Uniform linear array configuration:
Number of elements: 64
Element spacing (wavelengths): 1
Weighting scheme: cosine
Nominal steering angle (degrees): -45
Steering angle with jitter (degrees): -44.78
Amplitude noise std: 0.05
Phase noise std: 0.05

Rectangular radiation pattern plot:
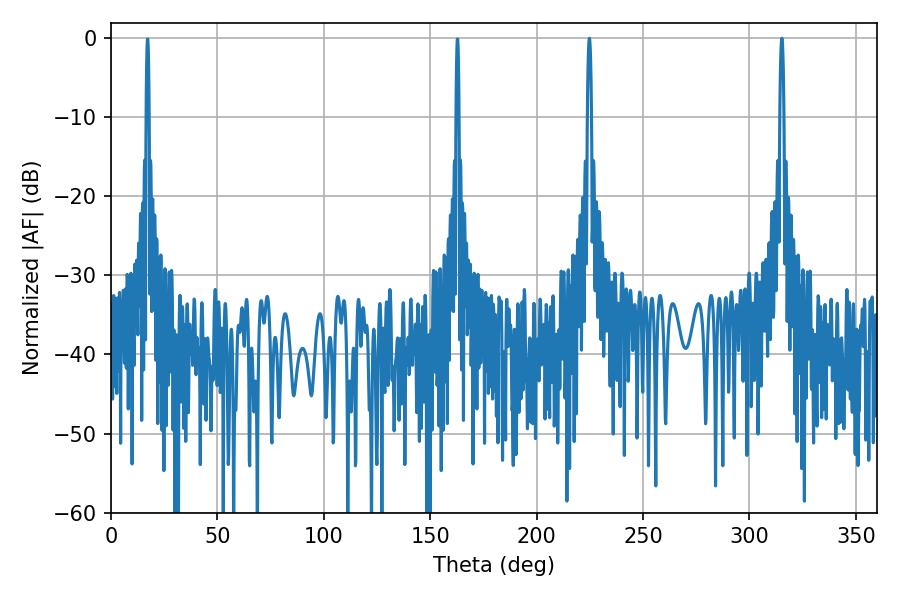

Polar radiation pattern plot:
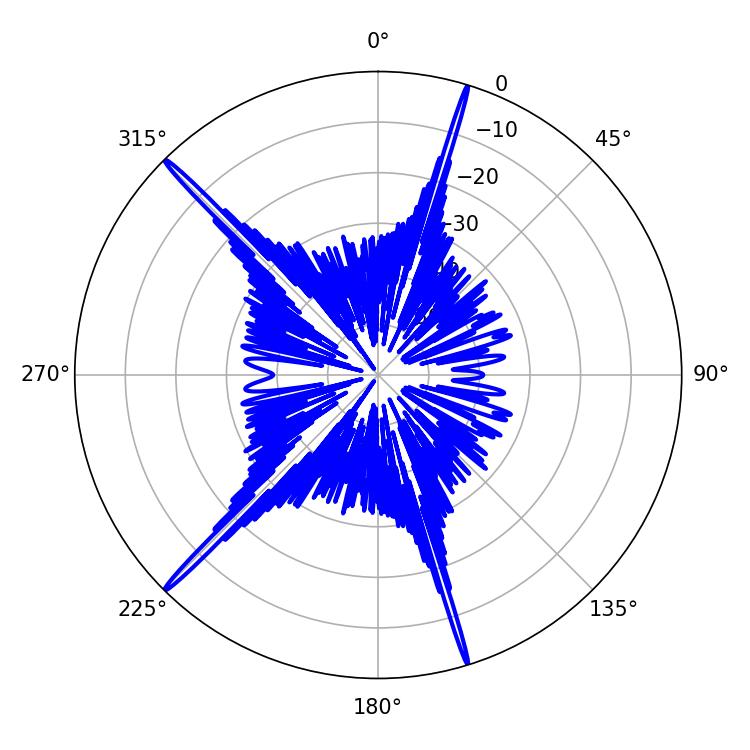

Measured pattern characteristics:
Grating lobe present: TRUE
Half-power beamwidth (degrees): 1.08
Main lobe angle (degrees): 315.18